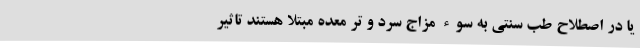
یا در اصطلاح طب سنتی به سوء مزاج سرد و‌ تر معده مبتلا هستند تاثیر